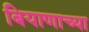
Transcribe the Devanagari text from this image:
बियाणाच्या